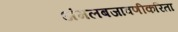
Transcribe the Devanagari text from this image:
अंमलबजावणीकरिता